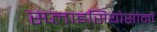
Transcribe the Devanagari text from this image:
स्प्लाइसियोसोमों